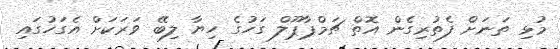
މުޅި ތަނަށް ފެތުރިގެން އޮތް ޗަމްޕާޕޫލް ގަހުގެ ހިޔާ ލިބޭ ވަރަކަށް އެގަހުގައި